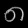
Digit: ၈